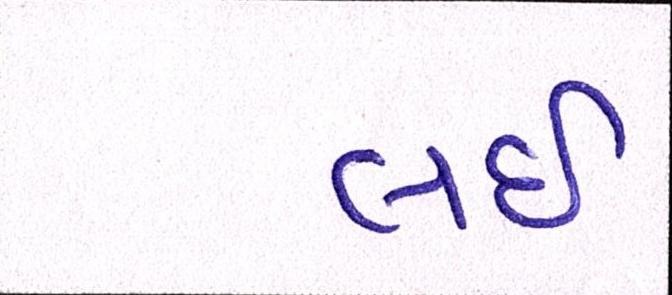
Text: લઇ